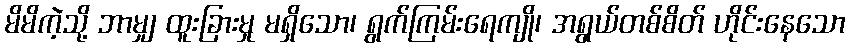
မိမိကဲ့သို့ ဘာမျှ ထူးခြားမှု မရှိသော၊ ရွက်ကြမ်းရေကျို၊ အရွယ်တစ်စိတ် ဟိုင်းနေသော